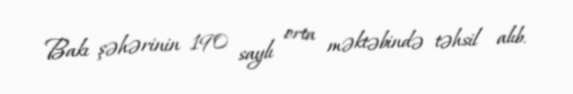
Bakı şəhərinin 190 saylı orta məktəbində təhsil alıb.